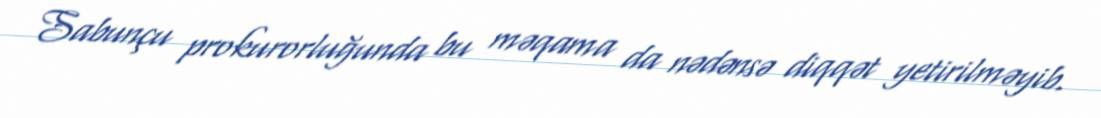
Sabunçu prokurorluğunda bu məqama da nədənsə diqqət yetirilməyib.